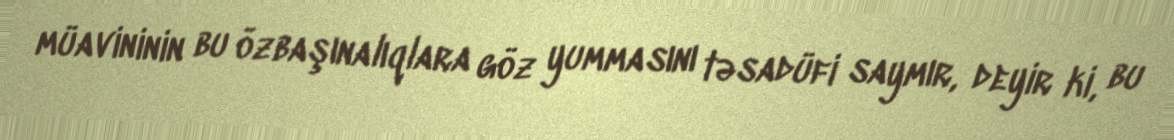
müavininin bu özbaşınalıqlara göz yummasını təsadüfi saymır, deyir ki, bu